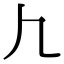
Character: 𰀫